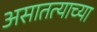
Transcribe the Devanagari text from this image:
असातत्याच्या